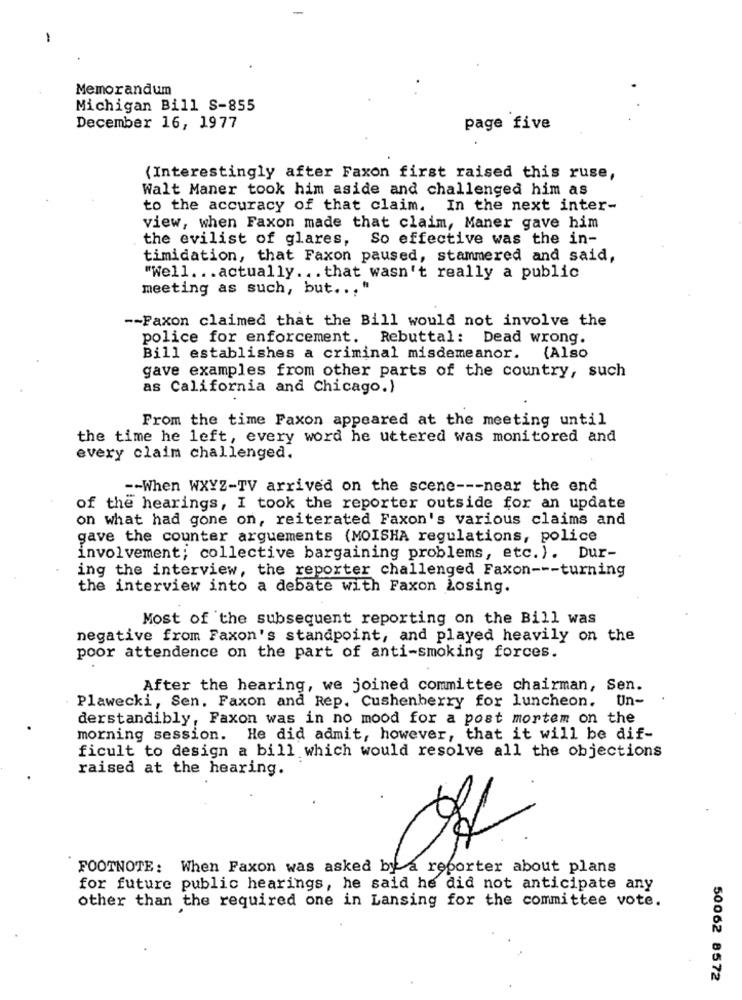
-
Memorandum
Michigan Bill S-855
December 16, 1977
page five
(Interestingly after Faxon first raised this ruse,
Walt Maner took him aside and challenged him as
to the accuracy of that claim. In the next inter-
view, when Faxon made that claim, Maner gave him
the evilist of glares, So effective was the in-
timidation, that Faxon paused, stammered and said,
"Well. .. actually. .. that wasn't really a public
meeting as such, but ... "
-- Faxon claimed that the Bill would not involve the
police for enforcement. Rebuttal: Dead wrong.
Bill establishes a criminal misdemeanor. (Also
gave examples from other parts of the country, such
as California and Chicago.)
From the time Faxon appeared at the meeting until
the time he left, every word he uttered was monitored and
every claim challenged.
-- When WXYZ-TV arrived on the scene --- near the end
of the hearings, I took the reporter outside for an update
on what had gone on, reiterated Faxon's various claims and
gave the counter arguements (MOISHA regulations, police
involvement; collective bargaining problems, etc.). Dur-
ing the interview, the reporter challenged Faxon --- turning
the interview into a debate with Faxon Losing.
Most of the subsequent reporting on the Bill was
negative from Faxon's standpoint, and played heavily on the
poor attendence on the part of anti-smoking forces.
After the hearing, we joined committee chairman, Sen.
Plawecki, Sen. Faxon and Rep. Cushenberry for luncheon. Un-
derstandibly, Faxon was in no mood for a post mortem on the
morning session. He did admit, however, that it will be dif-
ficult to design a bill which would resolve all the objections
raised at the hearing.
FOOTNOTE: When Faxon was asked by a reporter about plans
for future public hearings, he said he did not anticipate any
other than the required one in Lansing for the committee vote.
50062 8572